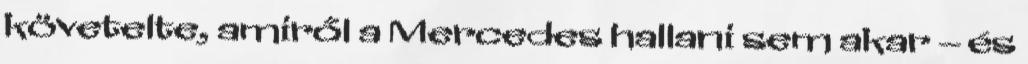
követelte, amiről a Mercedes hallani sem akar – és